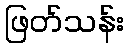
ဖြတ်သန်း